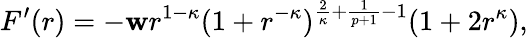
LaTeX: F^{\prime}(r)=-\mathbf{w}r^{1-\kappa}(1+r^{-\kappa})^{\frac{{2}}{{\kappa}}+\frac{{1}}{{p+1}}-1}(1+2r^{\kappa}),